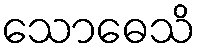
သောဓေသိ